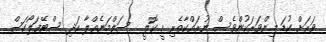
ވަރަށް ކުޑަ މިންވަރަކުންވެސް ނުރައްކާތެރި އީ ކޮލީ  ސަލްމަނެއްލާ އަދި ސްޓޭފަލޯކަސް